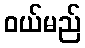
ဝယ်မည်